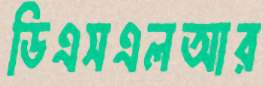
ডিএসএলআর